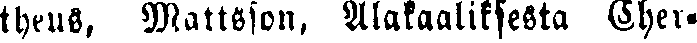
theus, Mattsson, Alakaaliksesta Eher-